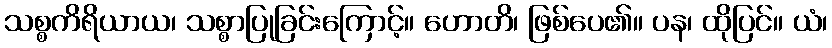
သစ္စကိရိယာယ၊ သစ္စာပြုခြင်းကြောင့်။ ဟောတိ၊ ဖြစ်ပေ၏။ ပန၊ ထိုပြင်။ ယံ၊